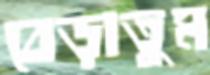
বেড়াতুম